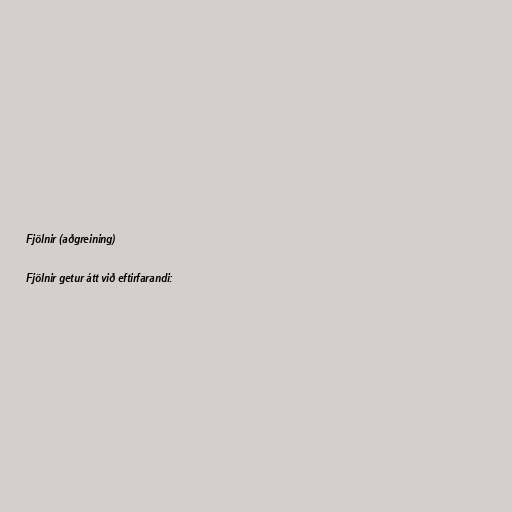
Fjölnir (aðgreining)

Fjölnir getur átt við eftirfarandi: